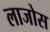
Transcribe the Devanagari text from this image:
लाजोस